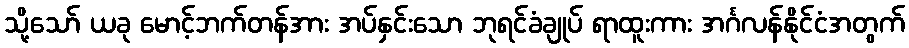
သို့သော် ယခု မောင့်ဘက်တန်အား အပ်နှင်းသော ဘုရင်ခံချုပ် ရာထူးကား အင်္ဂလန်နိုင်ငံအတွက်